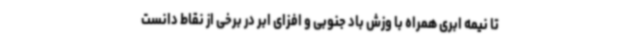
تا نیمه ابری همراه با وزش باد جنوبی و افزای ابر در برخی از نقاط دانست